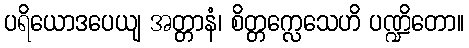
ပရိယောဒပေယျ အတ္တာနံ၊ စိတ္တက္လေသေဟိ ပဏ္ဍိတော။